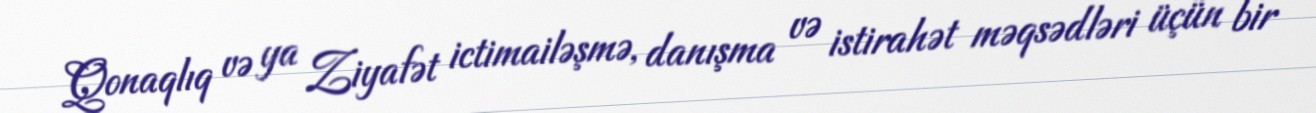
Qonaqlıq və ya Ziyafət ictimailəşmə, danışma və istirahət məqsədləri üçün bir